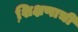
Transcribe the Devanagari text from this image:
शि़क्षणाची